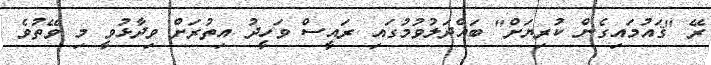
ރޭ "ޤައުމައިގެން ކުރިޔަށް" ބައްދަލުވުމުގައި ރައީސް ވަހީދު އިތުރަށް ވިދާޅުވީ މި ވޭތުވެ